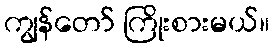
ကျွန်တော် ကြိုးစားမယ်။